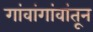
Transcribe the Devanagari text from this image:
गांवांगांवांतून